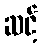
ဆင့်